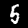
Label: 5